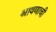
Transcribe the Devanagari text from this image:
श्रावणाची